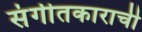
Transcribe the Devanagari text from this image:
संगीतकाराची